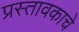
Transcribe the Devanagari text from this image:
प्रस्तावकाचे